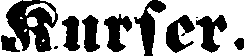
Kurser: